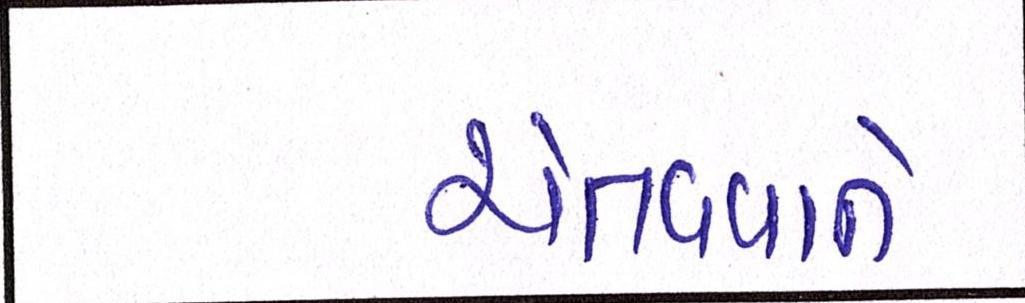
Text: ચેતવવાને